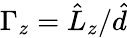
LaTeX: \Gamma_{z}=\hat{L}_{z}/\hat{d}